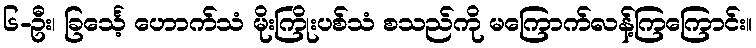
၆-ဦး၊ ခြင်္သေ့ ဟောက်သံ မိုးကြိုးပစ်သံ စသည်ကို မကြောက်လန့်ကြကြောင်း။